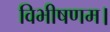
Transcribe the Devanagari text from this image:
विभीषणम।